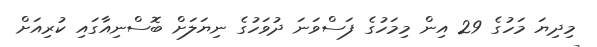
މިދިޔަ މަހުގެ 29 އިން މިމަހުގެ ފަސްވަނަ ދުވަހުގެ ނިޔަލަށް ބޮސްނިއާގައި ކުރިއަށް